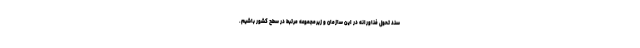
سند تحول فناورانه در این سازمان و زیرمجموعه مرتبط در سطح کشور باشیم.